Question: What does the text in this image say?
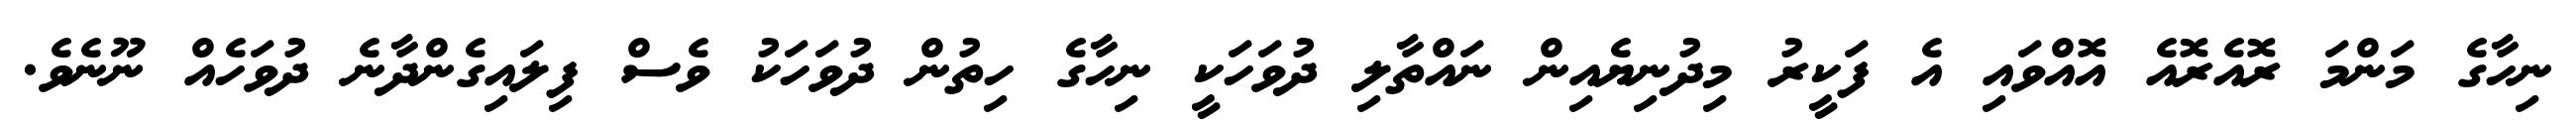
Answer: ނިހާގެ މަންމަ ރޮއެރޮއެ އޮއްވައި އެ ފަކީރު މިދުނިޔެއިން ނައްތާލި ދުވަހަކީ ނިހާގެ ހިތުން ދުވަހަކު ވެސް ފިލައިގެންދާނެ ދުވަހެއް ނޫނެވެ.